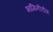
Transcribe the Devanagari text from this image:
भागिनीडीह